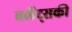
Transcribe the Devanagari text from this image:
बर्लेट्सकी